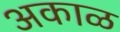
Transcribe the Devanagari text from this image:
अकाळ